Rangoon Lunatic Asylum 1898-1906 - 1898-1906
Year: 1898
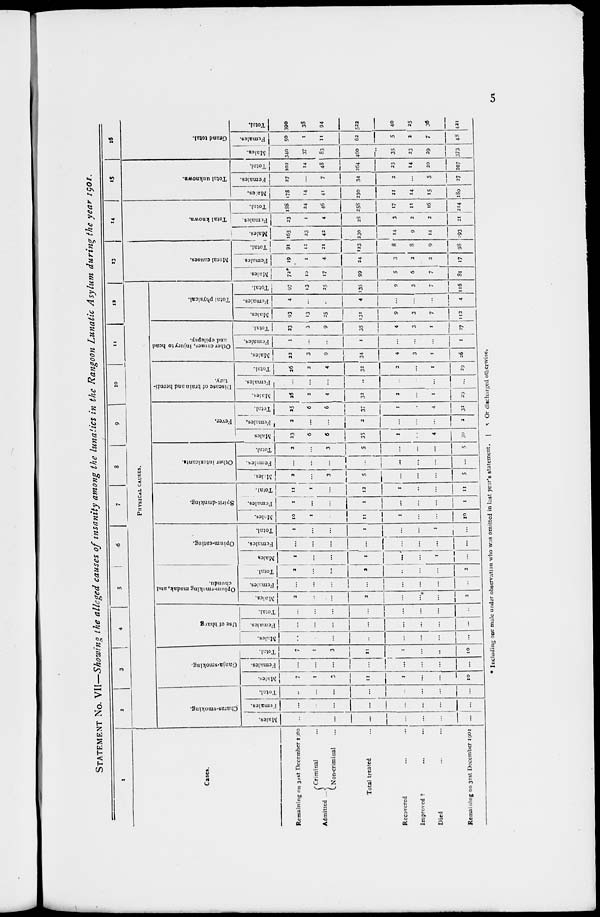
5
STATEMENT No. VII—Showing the alleged causes of insanity among the lunatics in the Rangoon Lunatic Asylum during the year 1901.
1
Cases.
Remaining on 31st December 1900
Admitted ...
Criminal ...
Non-criminal ...
Total treated ...
Recovered
...
...
Improved † ... ...
Died ... ...
Remaining on 31st December 1901
2
3
4
5
6
7
8
9
10
11
12
PHYSICAL CAUSES.
Charas-smoking.
Males.
...
...
...
...
...
...
...
...
Females.
...
...
...
...
...
...
...
...
Total.
...
...
...
...
...
...
...
...
Ganja-smoking.
Males.
7
1
3
11
1
...
...
10
Females.
...
...
...
...
...
...
...
...
Total.
7
1
3
11
1
...
...
10
Use of bhang.
Males.
...
...
...
...
...
...
...
...
Females.
...
...
...
...
...
...
...
...
Total.
...
...
...
...
...
...
...
...
Opium-smoking madak, and
chundu.
Males.
2
...
...
2
...
...
...
2
Females.
...
...
...
...
...
...
...
...
Total.
2
...
...
2
...
...
...
2
Opium-eating.
Males.
1
...
...
1
...
...
1
...
Females.
...
...
...
...
...
...
...
...
Total.
1
...
...
1
...
...
1
...
Spirit-drinking.
Males.
10
1
...
11
1
...
...
10
Females.
1
...
...
1
...
...
...
1
Total.
11
1
...
12
1
...
...
11
Other intoxicants.
Males.
2
...
3
5
...
...
...
5
Females.
...
...
...
...
...
...
...
...
Total.
2
...
3
5
...
...
...
5
Fever.
Males.
23
6
6
35
1
...
4
30
Females.
2
...
...
2
...
...
...
2
Total.
25
6
6
37
1
...
4
32
Disease of brain and heredi-
tary.
Males.
26
2
4
32
2
...
1
29
Females.
...
...
...
...
...
...
...
...
Total.
26
2
4
32
2
...
1
29
Other causes, injury to head
and epilepsy.
Males.
22
3
9
34
4
3
1
26
Females.
1
...
...
1
...
...
...
1
Total.
23
3
9
35
4
3
1
27
Total physical.
Males.
93
13
25
131
9
3
7
112
Females.
4
...
...
4
...
...
...
4
Total.
97
13
25
135
9
3
7
116
13
Moral causes.
Males.
72
10
17
99
5
6
7
81
Females.
19
1
4
24
3
2
2
17
Total.
91
11
21
123
8
8
9
98
14
Total known.
Males.
165
23
42
230
14
9
14
93
Females.
23
1
4
28
3
2
2
21
Total.
188
24
46
258
17
11
16
214
15
Total unknown.
Males.
175
14
41
230
21
14
15
180
Females.
27
...
7
34
2
...
5
27
Total.
202
14
48
264
23
14
20
207
16
Grand total.
Males.
340
37
83
460
35
23
29
373
Females.
50
1
11
62
5
2
7
48
Total.
390
38
94
522
40
25
36
421
* Including one male under observation who was omitted in last year's statement. |
† Or discharged otherwise.